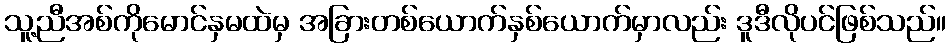
သူ့ညီအစ်ကိုမောင်နှမထဲမှ အခြားတစ်ယောက်နှစ်ယောက်မှာလည်း ဒူဒီလိုပင်ဖြစ်သည်။